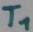
Text: T1